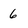
Character: 6